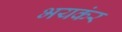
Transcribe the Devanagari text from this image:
भयकंर